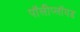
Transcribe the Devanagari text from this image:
पॉलीप्लॉयड